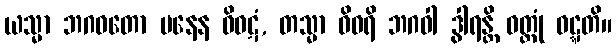
ယသ္မာ ဘဂဝတော မနေန ဝိဝဋံ, တသ္မာ ဝိဝရိ ဘဂဝါ ဒွါရန္တိ ဝတ္တုံ ဝဋ္ဋတိ။